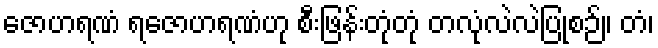
ဇောဟရဏံ ရဇောဟရဏံဟု စီးဖြန်းတုံတုံ တလုံလဲလဲပြုစဉ်။ တံ၊